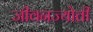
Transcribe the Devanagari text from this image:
जीवनज्योती